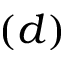
( d )